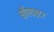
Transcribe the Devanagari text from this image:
साँगराइटर